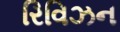
રિવિઝન